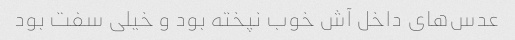
عدس‌های داخل آش خوب نپخته بود و خیلی سفت بود